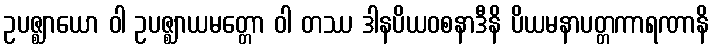
ဥပဇ္ဈာယော ဝါ ဥပဇ္ဈာယမတ္တော ဝါ တဿ ဒါနပိယဝစနာဒီနိ ပိယမနာပတ္တကာရဏာနိ